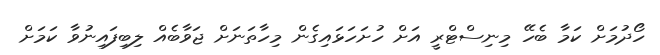
ހޯދުމަށް ކަމާ ބެހޭ މިނިސްޓްރީ އަށް ހުށަހަޅައިގެން މިހާތަނަށް ޖަވާބެއް ލިބިފައިނުވާ ކަމަށް